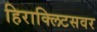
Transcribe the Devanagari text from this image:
हिराक्लिटसवर